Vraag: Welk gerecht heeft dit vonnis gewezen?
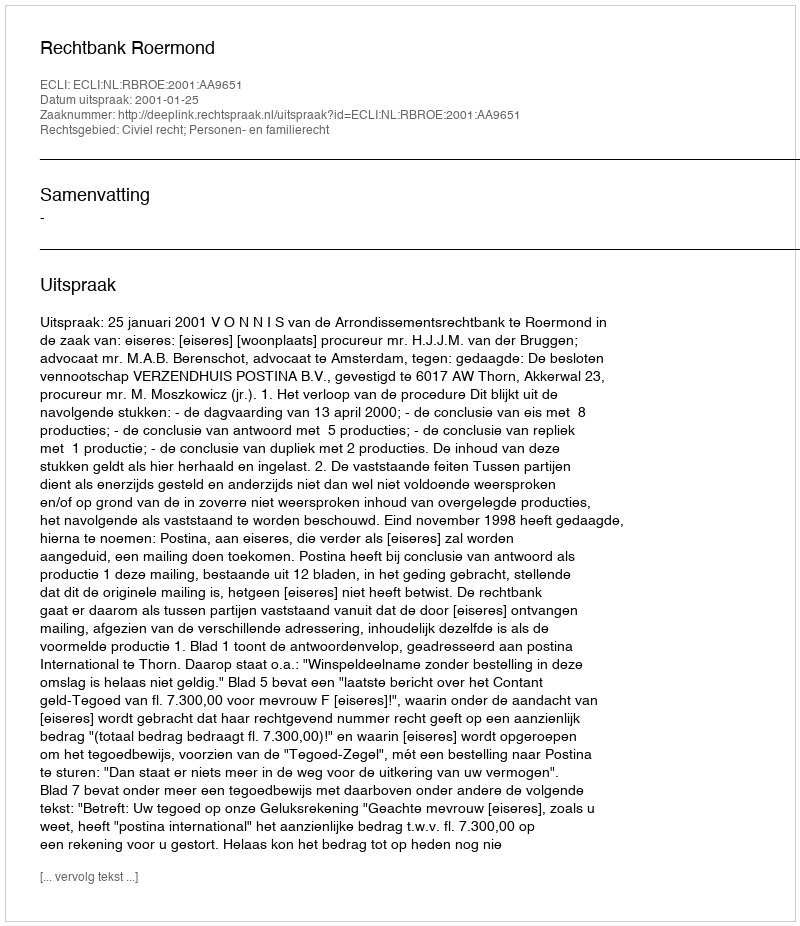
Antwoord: Rechtbank Roermond